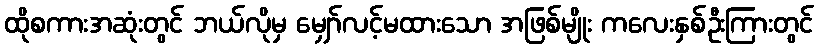
ထိုစကားအဆုံးတွင် ဘယ်လိုမှ မျှော်လင့်မထားသော အဖြစ်မျိုး ကလေးနှစ်ဦးကြားတွင်